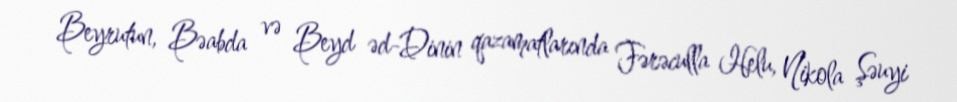
Beyrutun, Bəabda və Beyd əd-Dinin qazamatlarında Fərəculla Helu, Nikola Şəuyi